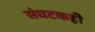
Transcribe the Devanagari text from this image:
संघटकही